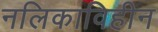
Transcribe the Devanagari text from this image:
नलिकाविहीन